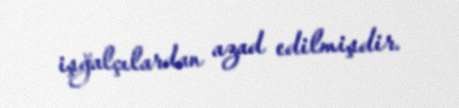
işğalçılardan azad edilmişdir.